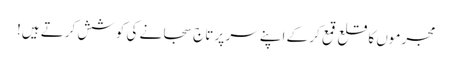
مجرموں کا قلع قمع کر کے اپنے سر پر تاج سجانے کی کوشش کرتے ہیں!